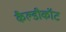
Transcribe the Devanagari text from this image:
कैल्डीकॉट